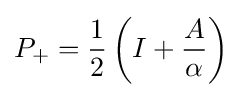
P_{+}={\frac {1}{2}}\left(I+{\frac {A}{\alpha }}\right)